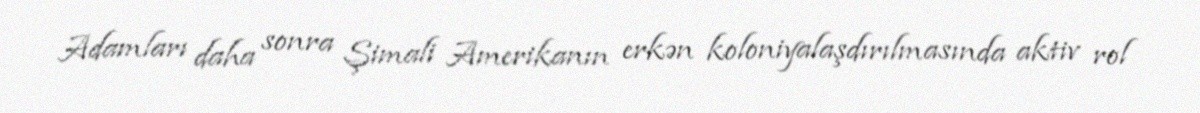
Adamları daha sonra Şimali Amerikanın erkən koloniyalaşdırılmasında aktiv rol